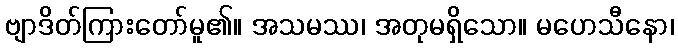
ဗျာဒိတ်ကြားတော်မူ၏။ အသမဿ၊ အတုမရှိသော။ မဟေသီနော၊